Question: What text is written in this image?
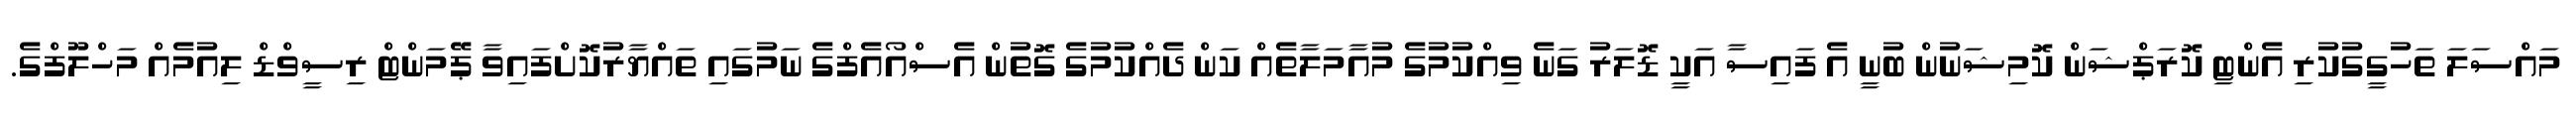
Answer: މައްސަލަ ތަހުގީގުކުރި އެންޓި ކޮރަޕްޝަން ކޮމިޝަނުން ބުނީ އެ ފައިސާ އަކީ ޑޮލަރު ގަނެ ވިއްކުމުގެ މުއާމަލާތެއް ކަން ދެއްކުމުގެ ގޮތުން އެސްއޯއެފްގެ ނަމުގައި ތައްޔާރުކޮށްފައިވާ ޕޭމަންޓް ރިސީވްޑް ލިއުމެއް މަހްލޫފްގެ.